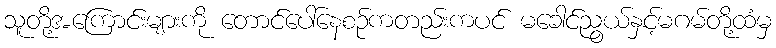
သူတို့အကြောင်းများကို တောင်ပေါ်နေစဉ်ကတည်းကပင် မခေါင်ညွယ်နှင့်မဂမ်တို့ထံမှ